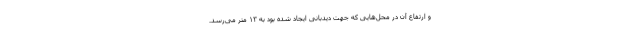
و ارتفاع آن در محل‌هایی که جهت دیدبانی ایجاد شده بود به ۱۳ متر می‌رسد.